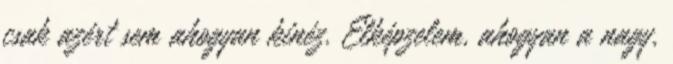
csak azért sem ahogyan kinéz. Elképzelem, ahogyan a nagy,